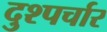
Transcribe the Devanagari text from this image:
दुश्पर्चार